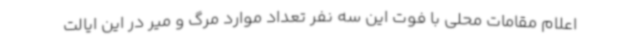
اعلام مقامات محلی با فوت این سه نفر تعداد موارد مرگ و میر در این ایالت